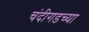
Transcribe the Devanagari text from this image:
चंदीगडच्या